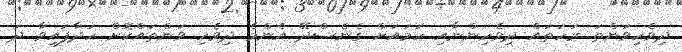
ދިވެހިވަންތަ ރަހަތައް ދިވެހިންނާއި ހަމައަށް ގެނެސްދޭ އެންމެ ދިވެހި ވަންތައްކޮށް ހަދާފައިވާ ދަ